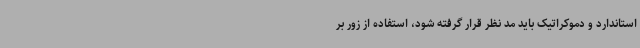
استاندارد و دموکراتیک باید مد نظر قرار گرفته شود، استفاده از زور بر